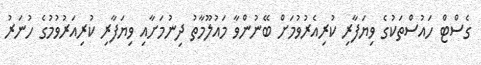
ގެސްޓް ހައުސްތަކުގެ ވިޔަފާރި ކުރިއެރުވުމަށް ބޭނުންވާ މައުލޫމާތު ދިނުމަށާއި ވިޔަފާރި ކުރިއަރުވުމުގެ ހުނަރު